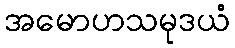
အမောဟသမုဒယံ